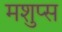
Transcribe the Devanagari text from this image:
मशुप्स